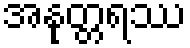
အနုတ္တရဿ